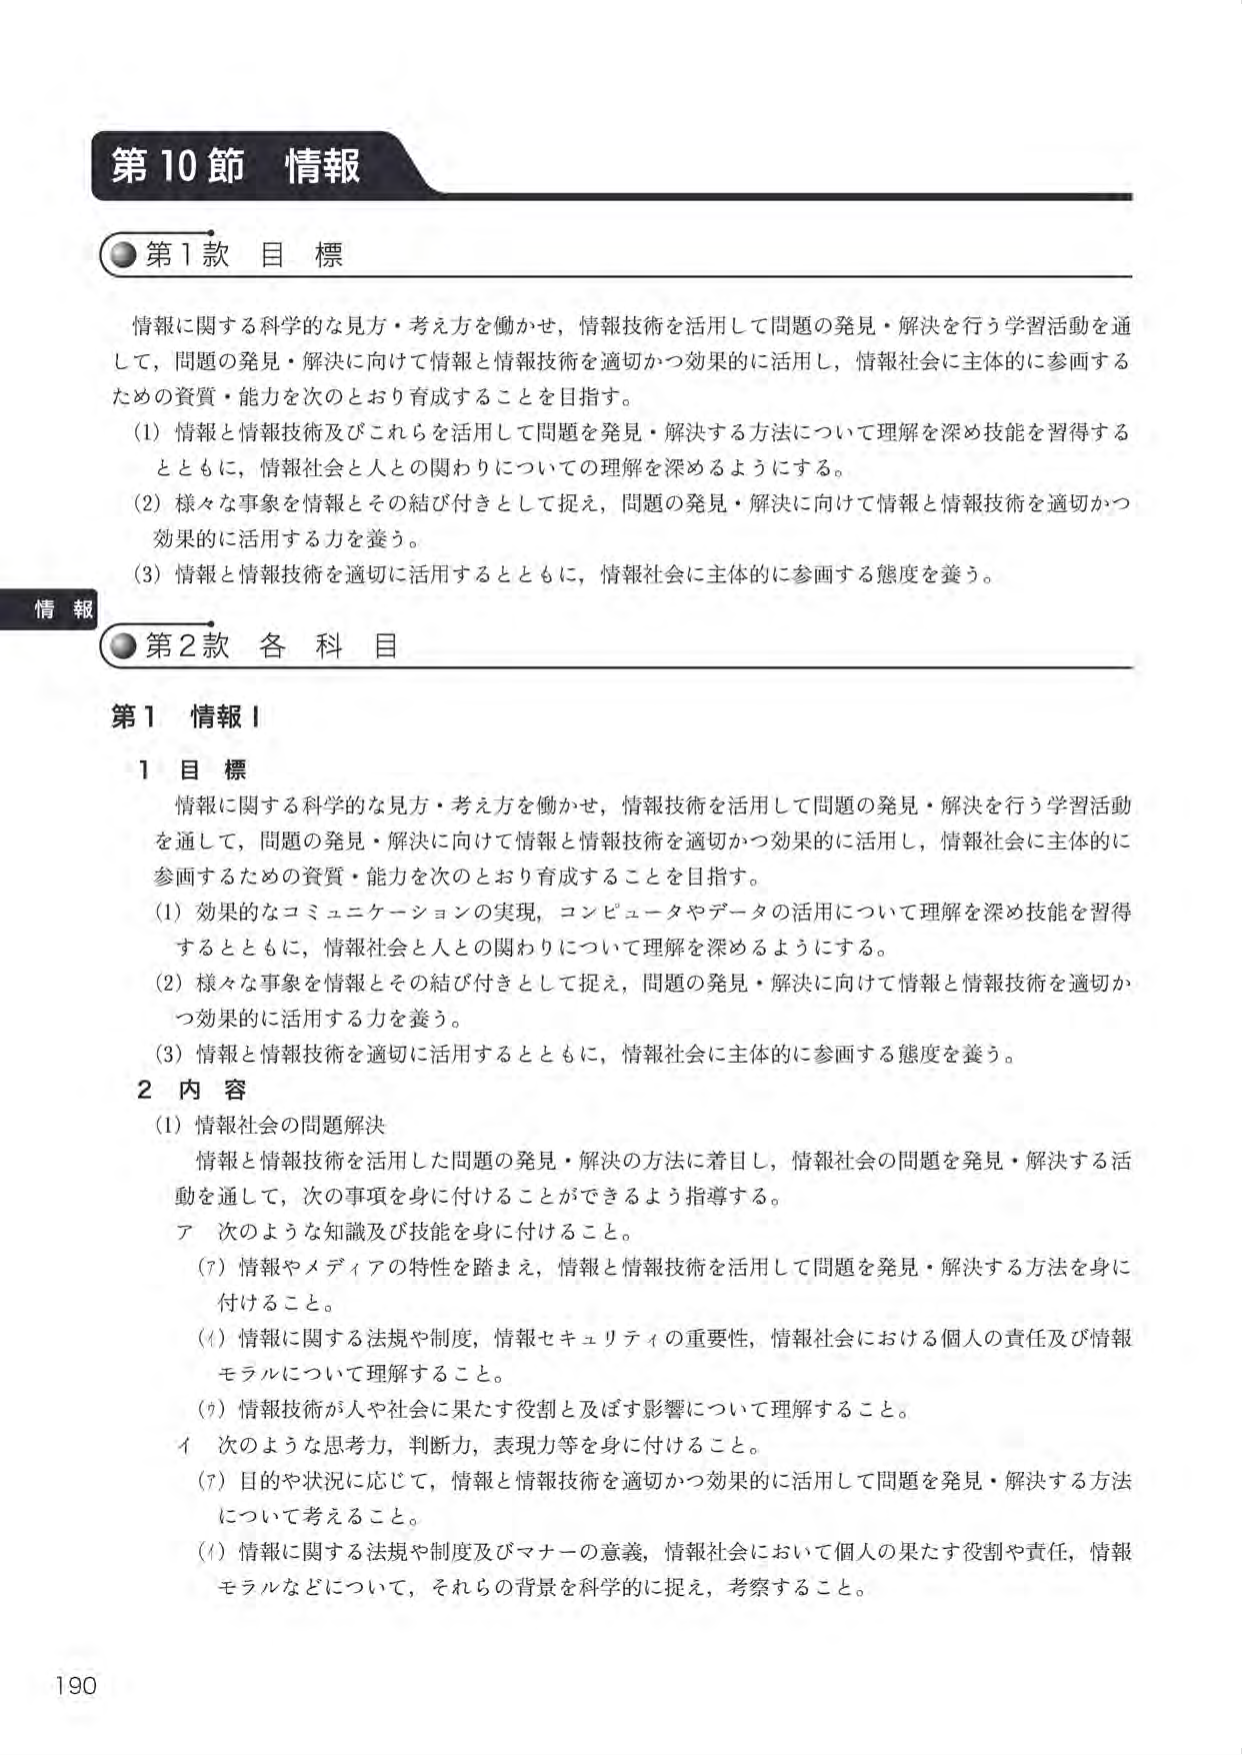
第10節 情報

●第1款 目標

情報に関する科学的な見方・考え方を働かせ，情報技術を活用して問題の発見・解決を行う学習活動を通じて，問題の発見・解決に向けて情報と情報技術を適切かつ効果的に活用し，情報社会に主体的に参画するための資質・能力を次のとおり育成することを目指す。

(1) 情報と情報技術及びこれらを活用して問題を発見・解決する方法について理解を深め技能を習得するとともに，情報社会と人との関わりについての理解を深めるようにする。

(2) 様々な事象を情報とその結び付きとして捉え，問題の発見・解決に向けて情報と情報技術を適切かつ効果的に活用する力を養う。

(3) 情報と情報技術を適切に活用するとともに，情報社会に主体的に参画する態度を養う。

●第2款 各科目

第1 情報Ⅰ

1 目標

情報に関する科学的な見方・考え方を働かせ，情報技術を活用して問題の発見・解決を行う学習活動を通じて，問題の発見・解決に向けて情報と情報技術を適切かつ効果的に活用し，情報社会に主体的に参画するための資質・能力を次のとおり育成することを目指す。

(1) 効果的なコミュニケーションの実現，コンピュータやデータの活用について理解を深め技能を習得するとともに，情報社会と人との関わりについて理解を深めるようにする。

(2) 様々な事象を情報とその結び付きとして捉え，問題の発見・解決に向けて情報と情報技術を適切かつ効果的に活用する力を養う。

(3) 情報と情報技術を適切に活用するとともに，情報社会に主体的に参画する態度を養う。

2 内容

(1) 情報社会の問題解決

情報と情報技術を活用した問題の発見・解決の方法に着目し，情報社会の問題を発見・解決する活動を通じて，次の事項を身に付けることができるよう指導する。

ア 次のような知識及び技能を身に付けること。

(ｱ) 情報やメディアの特性を踏まえ，情報と情報技術を活用して問題を発見・解決する方法を身に付けること。

(ｲ) 情報に関する法規や制度，情報セキュリティの重要性，情報社会における個人の責任及び情報モラルについて理解すること。

(ｳ) 情報技術が人や社会に果たす役割と及ぼす影響について理解すること。

イ 次のような思考力，判断力，表現力等を身に付けること。

(ｱ) 目的や状況に応じて，情報と情報技術を適切かつ効果的に活用して問題を発見・解決する方法について考えること。

(ｲ) 情報に関する法規や制度及びマナーの意義，情報社会において個人の果たす役割や責任，情報モラルなどについて，それらの背景を科学的に捉え，考察すること。

情報

190